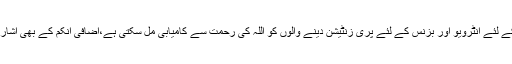
جاب کے لئے انٹرویو اور بزنس کے لئے پری زنٹیشن دینے والوں کو اللہ کی رحمت سے کامیابی مل سکتی ہے،اضافی انکم کے بھی اشارے ہیں۔